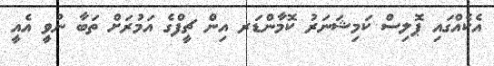
އެކެއްގައި ޕޮލިސް ކަމިޝަނަރު ކޮމާންޑަރ އިން ޗީފްގެ އަމުރަށް ތަބާ ނުވީ އެއީ